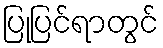
ပြုပြင်ရာတွင်